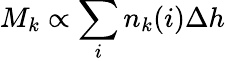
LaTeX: M_{k}\propto\sum_{i}n_{k}(i)\Delta h